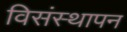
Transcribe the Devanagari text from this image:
विसंस्थापन